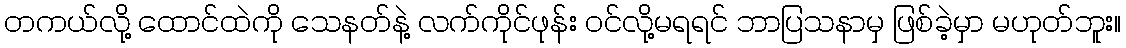
တကယ်လို့ ထောင်ထဲကို သေနတ်နဲ့ လက်ကိုင်ဖုန်း ဝင်လို့မရရင် ဘာပြသနာမှ ဖြစ်ခဲ့မှာ မဟုတ်ဘူး။